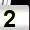
Digit: 2